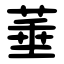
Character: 菙